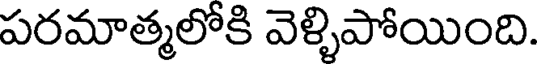
పరమాత్మలోకి వెళ్ళిపోయింది.